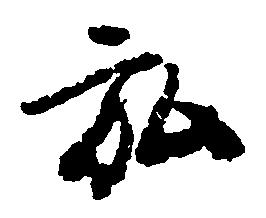
弘